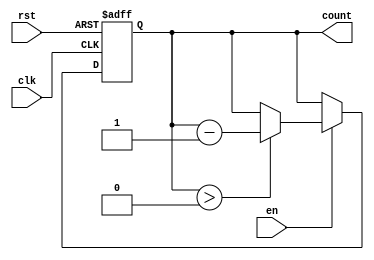
module decremental_counter #(
    parameter MAX_VAL = 15  // Define the maximum value of the counter
)(
    input wire clk,         // Clock signal
    input wire rst,         // Asynchronous reset signal
    input wire en,          // Enable signal
    output reg [3:0] count  // Current counter value (4 bits to hold up to 15)
);

// Asynchronous reset and synchronous decrement logic
always @(posedge clk or posedge rst) begin
    if (rst) begin
        count <= MAX_VAL;  // Reset the counter to the maximum value
    end else if (en) begin
        if (count > 0) begin
            count <= count - 1;  // Decrement the counter if enabled
        end
        // If count is 0, it will hold at 0 until reset or enabled again
    end
end

endmodule